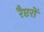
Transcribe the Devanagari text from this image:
रैप्टरों